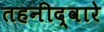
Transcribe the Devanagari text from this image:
तहनीद्वारे